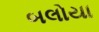
બલોયા